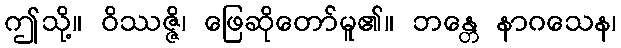
ဤသို့။ ဝိဿဇ္ဇိ၊ ဖြေဆိုတော်မူ၏။ ဘန္တေ နာဂသေန၊